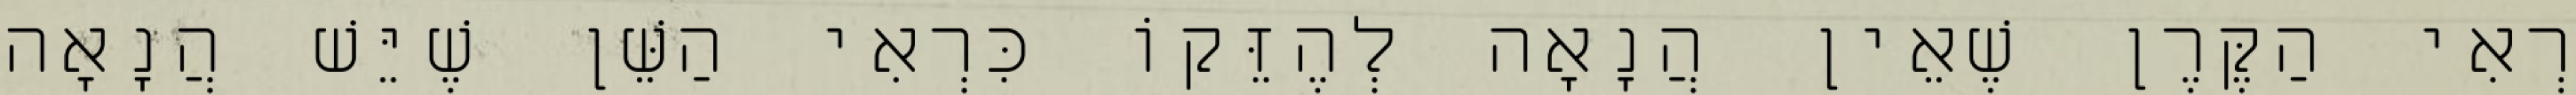
רְאִי הַקֶּרֶן שֶׁאֵין הֲנָאָה לְהֶזֵּקוֹ כִּרְאִי הַשֵּׁן שֶׁיֵּשׁ הֲנָאָה